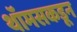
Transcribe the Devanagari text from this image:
थॉमसकडून